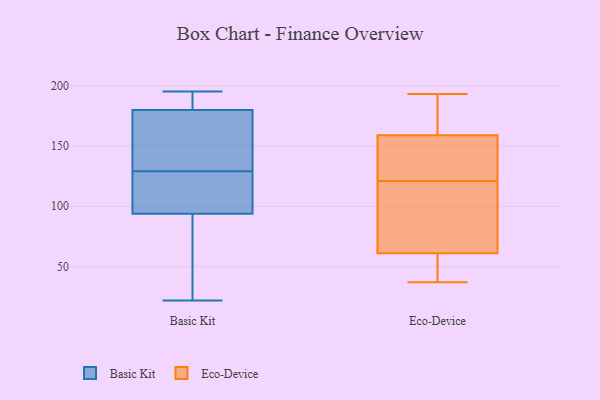
{"axis": {"x": "Active Users", "y": "Value"}, "legend": ["Basic Kit", "Eco-Device"], "data": [{"x": "", "y": 129, "type": "Basic Kit"}, {"x": "", "y": 180, "type": "Basic Kit"}, {"x": "", "y": 119, "type": "Basic Kit"}, {"x": "", "y": 52, "type": "Basic Kit"}, {"x": "", "y": 108, "type": "Basic Kit"}, {"x": "", "y": 141, "type": "Basic Kit"}, {"x": "", "y": 184, "type": "Basic Kit"}, {"x": "", "y": 116, "type": "Basic Kit"}, {"x": "", "y": 187, "type": "Basic Kit"}, {"x": "", "y": 133, "type": "Basic Kit"}, {"x": "", "y": 77, "type": "Basic Kit"}, {"x": "", "y": 133, "type": "Basic Kit"}, {"x": "", "y": 195, "type": "Basic Kit"}, {"x": "", "y": 22, "type": "Basic Kit"}, {"x": "", "y": 195, "type": "Basic Kit"}, {"x": "", "y": 87, "type": "Basic Kit"}, {"x": "", "y": 110, "type": "Basic Kit"}, {"x": "", "y": 89, "type": "Basic Kit"}, {"x": "", "y": 179, "type": "Basic Kit"}, {"x": "", "y": 146, "type": "Eco-Device"}, {"x": "", "y": 121, "type": "Eco-Device"}, {"x": "", "y": 168, "type": "Eco-Device"}, {"x": "", "y": 125, "type": "Eco-Device"}, {"x": "", "y": 102, "type": "Eco-Device"}, {"x": "", "y": 57, "type": "Eco-Device"}, {"x": "", "y": 37, "type": "Eco-Device"}, {"x": "", "y": 57, "type": "Eco-Device"}, {"x": "", "y": 193, "type": "Eco-Device"}, {"x": "", "y": 163, "type": "Eco-Device"}, {"x": "", "y": 73, "type": "Eco-Device"}]}